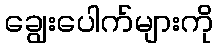
ချွေးပေါက်များကို